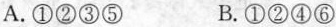
A.①②③⑤ B.①②④⑥